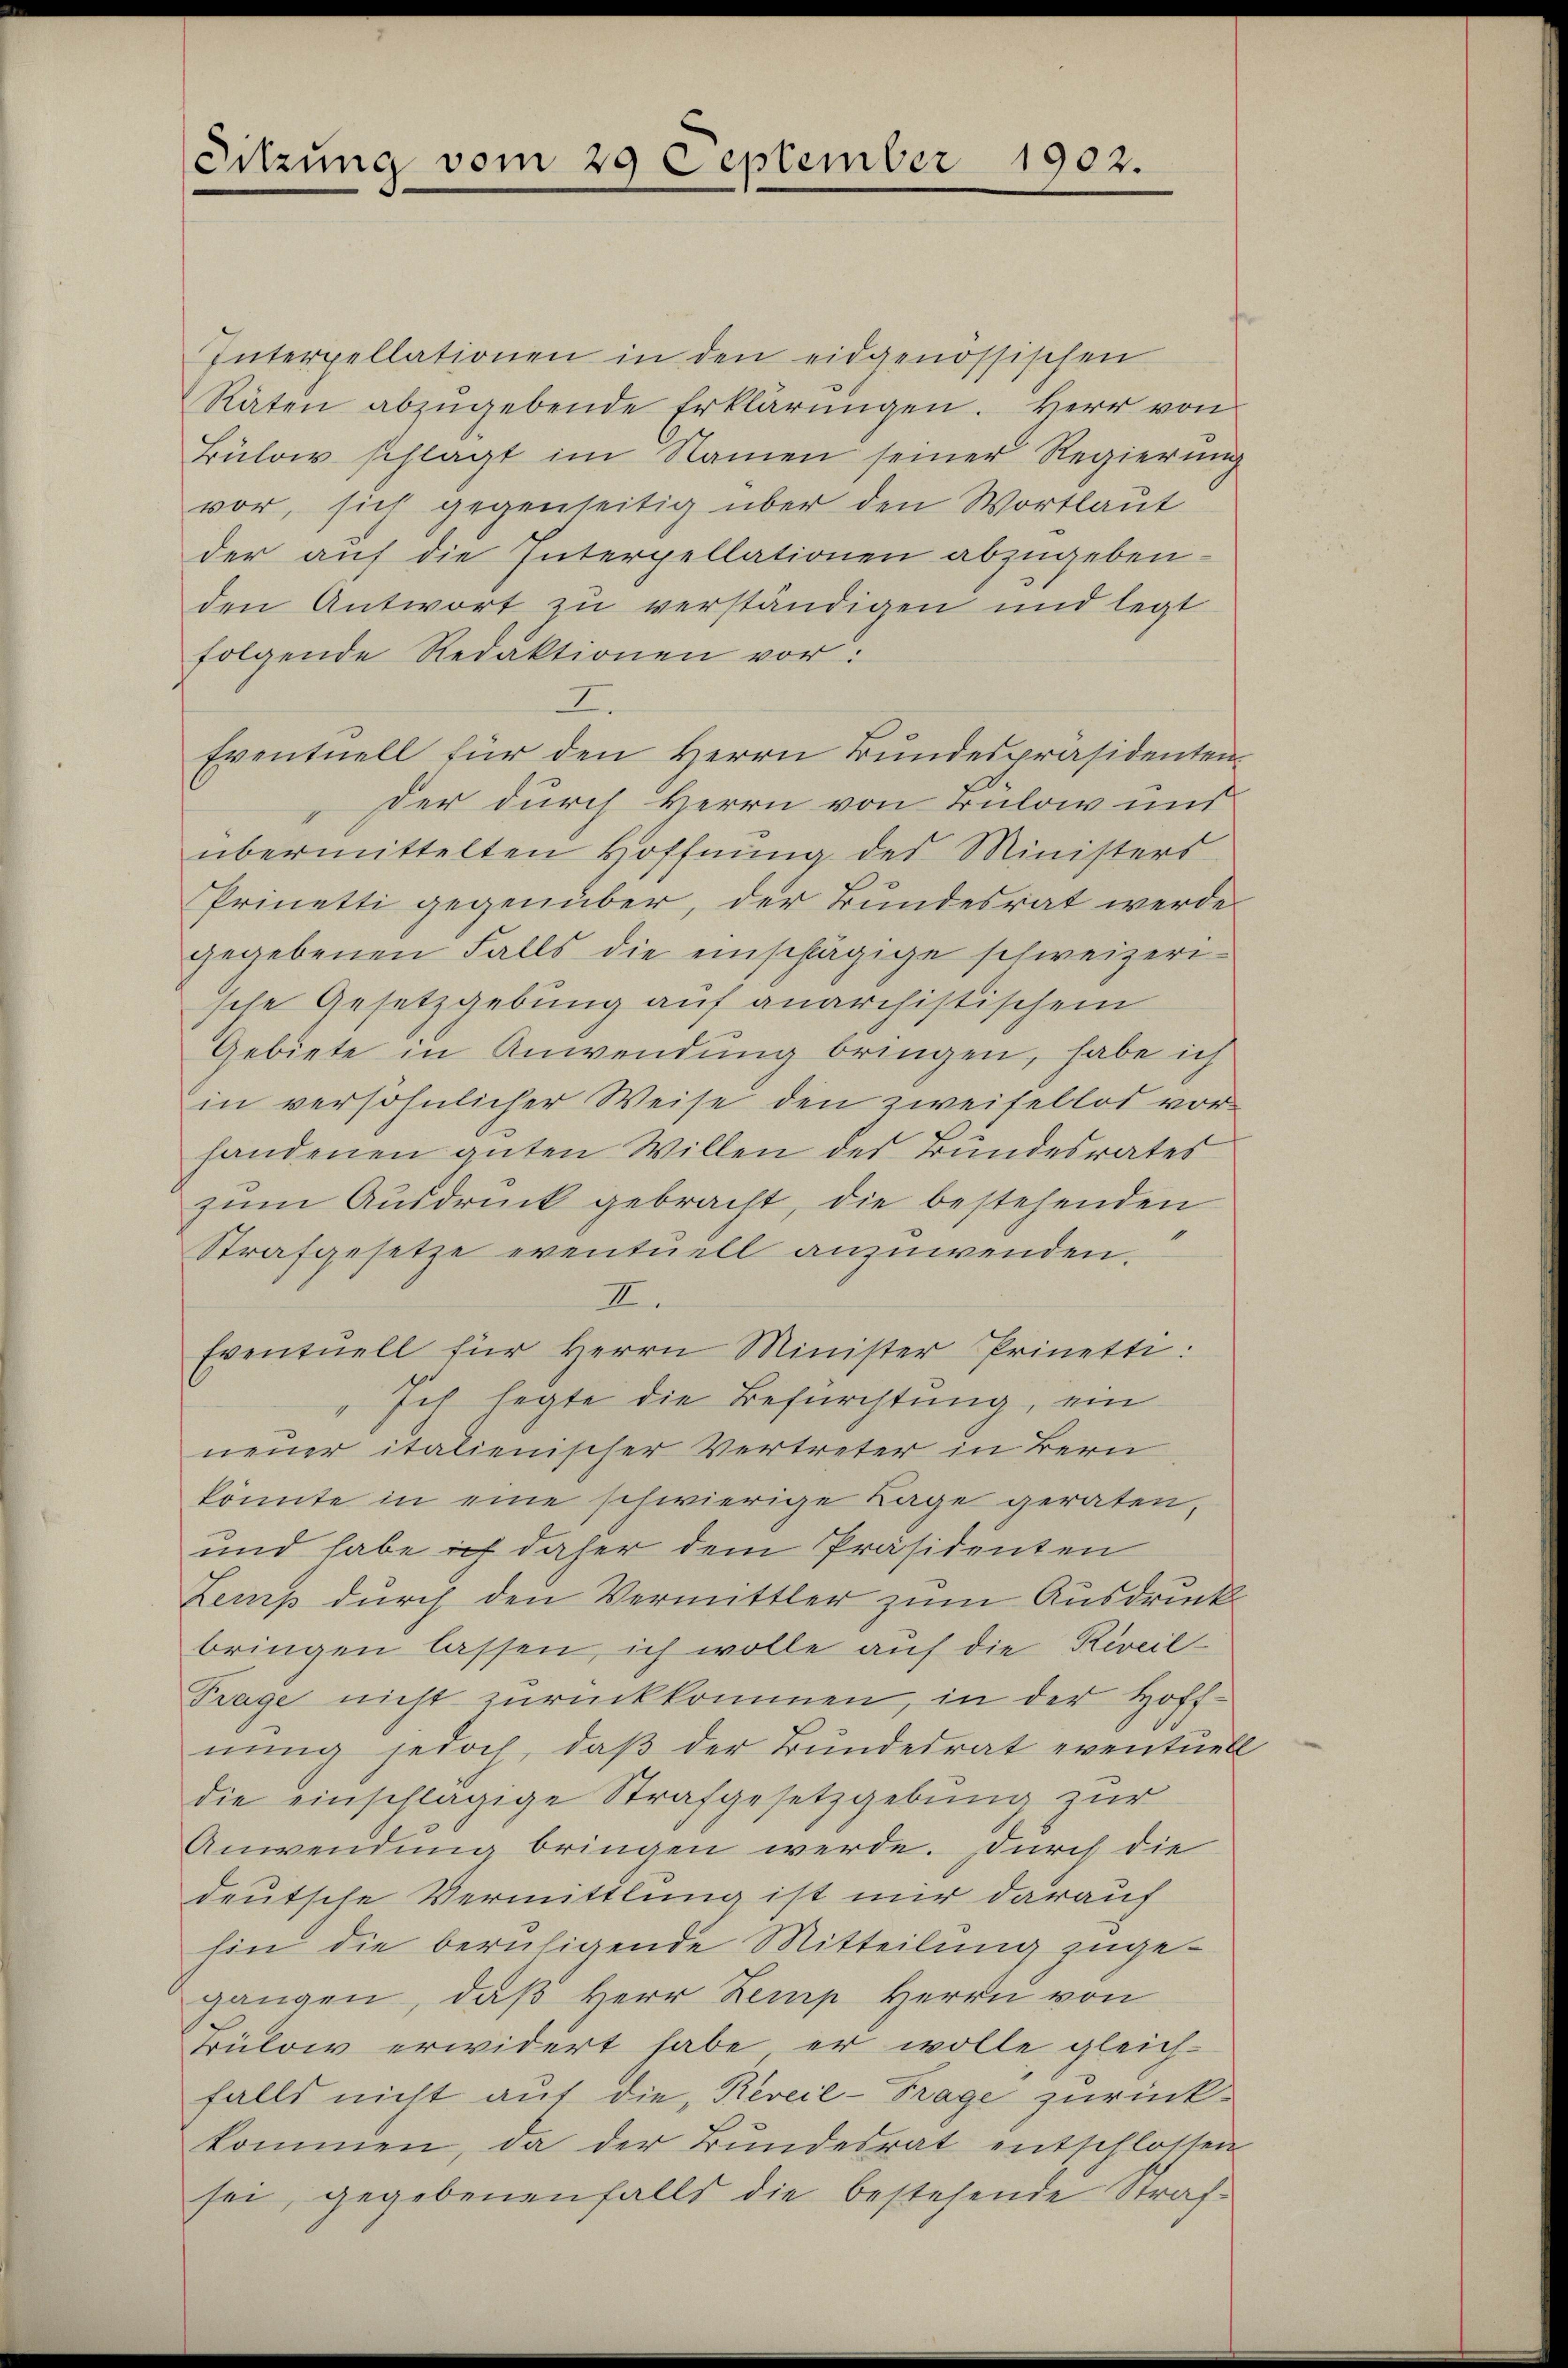
Sitzung vom 29 September 1902.

Interpellationen in den eidgenössischen
Räten abzŭgebende Erklärŭngen. Herr von
Bülow schlagt im Namen seiner Regierung
vor, sich gegenseitig über den Wortlaut
der auf die Interpellationen abzugeben.
den Antwort zu verständigen und legt
folgende Redaktionen vor:
I
Eventuell für den Herrn Bundespräsidentender durch Herrn von Bülow und
übermittelten Hoffnŭng des Ministers
Prinetti gegenüber, der Bundesrat werde
gegebenen Falls die einschlägige schweizerische Gesetzgebung auf anarchistischem
Gebiete in Anwendung bringen, habe ich
in versöhnlicher Weise den zweifellos vor
handenen guten Willen des Bundesrates
zum Ausdruck gebracht, die bestehenden
Strafgesetze eventuell anzuwenden.
II.
Eventuell für Herrn Minister Prinette:
" Ich legte die Befürchtung, ein
neuer italienischer Vertreter in Bern
könnte in eine schwierige Lage geraten,
und habe ich daher dem Präsidenten
Zemp durch den Vermittler zum Ausdruck
bringen lassen, ich wolle auf die Reveil-
Frage nicht zurückkommen, in der Hoff-
nung jedoch, daß der Bundesrat eventuel
die einschlägige Strafgesetzgebung zur
Anwendung bringen werde. Durch die
deutsche Vermittlung ist mir darauf
hin die beruhigende Mitteilung zugegangen, daß Herr Kemp Herrn von
truloir erwidert habe er wolle, gleich-
falls nicht auf die Reveil- Trage zurückkommen, da der Bundesrat entschlossen
sei, gegebenenfalls die bestehende Straf¬